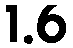
1.6